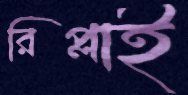
রিপ্লাই